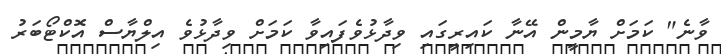
ވާނެ" ކަމަށް ޔާމީން އޭނާ ކައިރީގައި ވިދާޅުވެފައިވާ ކަމަށް ވިދާޅުވެ އިލްޔާސް އޮކްޓޯބަރު